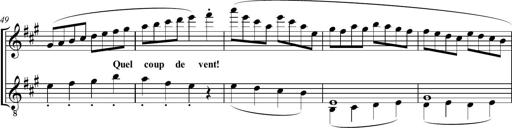
Title: Sonatine bureaucratique
Composer: Erik Satie